Insane asylums Bombay 1873-77 - 1873-1877
Year: 1873
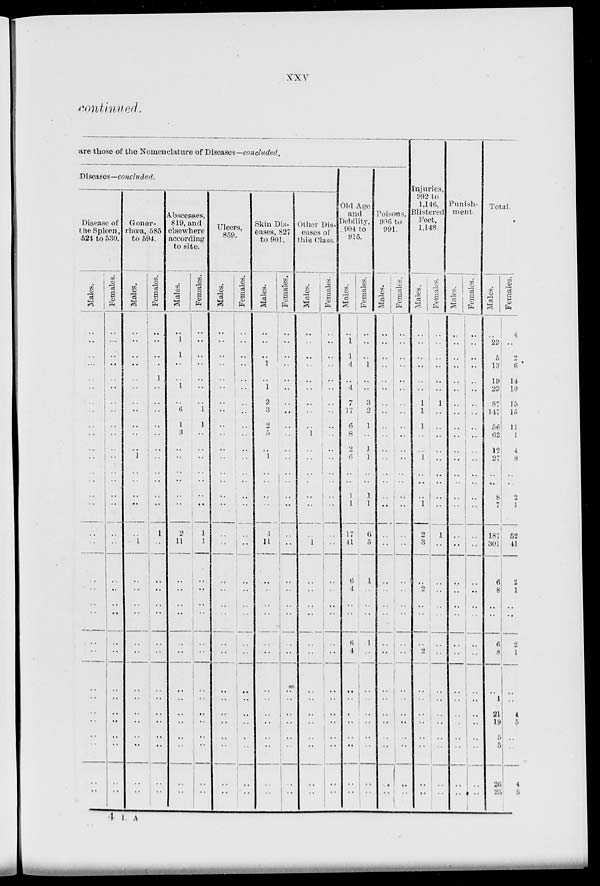
xxv
continued.
are those of the Nomenclature of Diseases—concluded.
Diseases—concluded.
Disease of
the Spleen,
524 to 530.
Males.
..
..
..
...
..
..
..
..
..
..
..
..
..
..
..
..
..
..
..
..
..
..
..
..
..
..
..
..
..
..
..
..
Females.
..
..
..
..
..
..
..
..
..
..
..
..
..
..
..
..
..
..
..
..
..
..
..
..
..
..
..
..
..
..
..
..
Gonor-
rhœa, 585
to 594.
Males.
..
..
..
..
..
..
..
..
..
..
..
1
..
..
..
..
..
1
..
..
..
..
..
..
..
..
..
..
..
..
..
..
Females.
..
..
..
..
1
..
..
..
..
..
..
..
..
..
..
..
1
..
..
..
..
..
..
..
..
..
..
..
..
..
..
..
Abscesses,
819, and
elsewhere
according
to site.
Males.
..
1
1
..
..
1
..
6
1
3
..
..
..
..
..
..
2
11
..
..
..
..
..
..
..
..
..
..
..
..
..
..
Females.
..
..
..
..
..
..
..
1
1
..
..
..
..
..
..
..
1
1
..
..
..
..
..
..
..
..
..
..
..
..
..
..
Ulcers,
859.
Males.
..
..
..
..
..
..
..
..
..
..
..
..
..
..
..
..
..
..
..
..
..
..
..
..
..
..
..
..
..
..
..
..
Females.
..
..
..
..
..
..
..
..
..
..
..
..
..
..
..
..
..
..
..
..
..
..
..
..
..
..
..
..
..
..
..
..
Skin Dis-
eases, 827
to 901.
Males.
..
..
..
1
..
1
2
3
2
5
..
1
..
..
..
..
4
11
..
..
..
..
..
..
..
..
..
..
..
..
..
..
Females.
..
..
..
..
..
..
..
..
..
..
..
..
..
..
..
..
..
..
..
..
..
..
..
..
..
..
..
..
..
..
..
..
Other Dis-
eases of
this Class.
Males.
..
..
..
..
..
..
..
..
..
1
..
..
..
..
..
..
..
1
..
..
..
..
..
..
..
..
..
..
..
..
..
..
Females.
..
..
..
..
..
..
..
..
..
..
..
..
..
..
..
..
..
..
..
..
..
..
..
..
..
..
..
..
..
..
..
..
Old Age
and
Debility,
904 to
915.
Males.
..
1
1
4
..
4
7
17
6
8
2
6
..
..
1
1
17
41
6
4
..
..
6
4
..
..
..
..
..
..
..
..
Females.
..
..
..
1
..
..
3
2
1
..
1
1
..
..
1
1
6
5
1
..
..
..
1
..
..
..
..
..
..
..
..
..
Poisons,
996 to
991.
Males.
..
..
..
..
..
..
..
..
..
..
..
..
..
..
..
..
..
..
..
..
..
..
..
..
..
..
..
..
..
..
..
...
Females.
..
..
..
..
..
..
..
..
..
..
..
..
..
..
..
..
..
..
..
..
..
..
..
..
..
..
..
..
..
..
..
..
Injuries,
992 to
1,446,
Blistered
Feet,
1,148.
Males.
..
..
..
..
..
..
1
1
1
..
..
1
..
..
..
1
..
3
..
2
..
..
..
2
..
..
..
..
..
..
..
..
Females.
..
..
..
..
..
..
1
..
..
..
..
..
..
..
..
..
1
..
..
..
..
..
..
..
..
..
..
..
..
..
..
..
Punish-
ment
Males.
..
..
..
..
..
..
..
..
..
..
..
..
..
..
..
..
..
..
..
..
..
..
..
..
..
..
..
..
..
..
..
..
Females.
..
..
..
..
..
..
..
..
..
..
..
..
..
..
..
..
..
..
..
..
..
..
..
..
..
..
..
..
..
..
..
Total.
Males.
..
22
5
13
19
23
87
147
56
62
12
27
..
..
8
7
187
301
6
8
..
..
6
8
..
1
21
19
5
5
26
25
Females.
4
..
2
6
14
10
15
15
11
1
4
8
..
..
2
1
52
41
2
1
..
..
2
1
..
..
4
5
..
..
4
5
4 L A